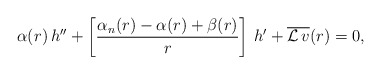
\begin{align*} \alpha(r)\,h''+\left[\frac{\alpha_n(r)-\alpha(r)+\beta(r)}{r}\right]\,h'+\overline{{\mathcal L}\,v}(r)=0,\end{align*}